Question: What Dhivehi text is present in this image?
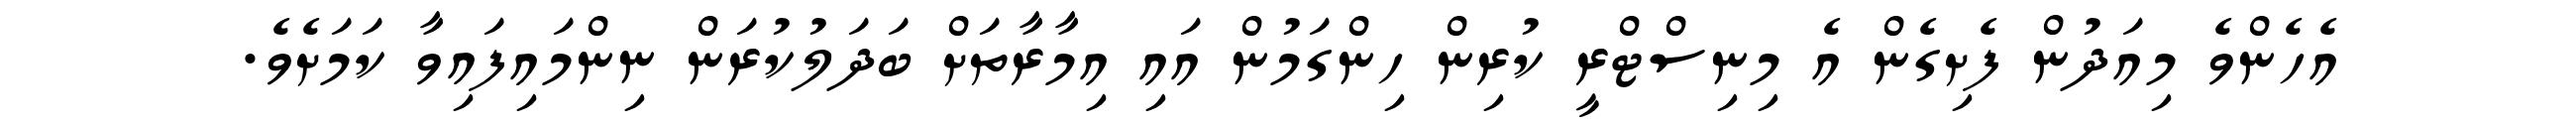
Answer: އެހެންވެ މިއަދުން ފެށިގެން އެ މިނިސްޓްރީ ކުރިން ހިންގަމުން އައި އިމާރާތަށް ބަދަލުކުރަން ނިންމައިފައިވާ ކަމަށެވެ.